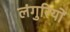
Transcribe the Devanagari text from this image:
लंगुरियों